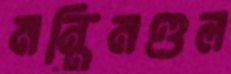
মন্ত্রিমণ্ডল